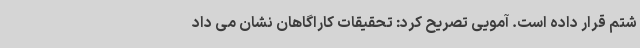
شتم قرار داده است. آمویی تصریح کرد: تحقیقات کاراگاهان نشان می داد